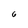
Character: 6